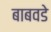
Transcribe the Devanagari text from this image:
बाबवडे